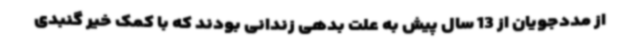
از مددجویان از 13 سال پیش به علت بدهی زندانی بودند که با کمک خیر گنبدی